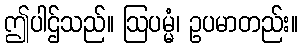
ဤပါဌ်သည်။ ဩပမ္မံ၊ ဥပမာတည်း။